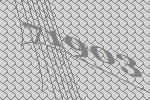
71903